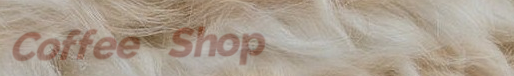
Coffee Shop